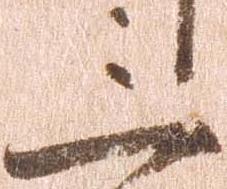
三